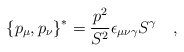
\begin{align*}\left\{p_{\mu},p_{\nu}\right\}^* = \frac{p^2}{S^2}\epsilon_{\mu\nu\gamma}S^{\gamma}\quad ,\end{align*}